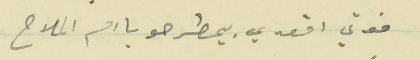
فوتي اقعدي بيمطرحو يا ام الملاح